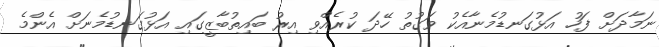
ނަމާދަށް ފަހު އަޅުގަނޑުމެނާއެކު ވަގުތު ހޭދަ ކުރެއްވި އިރު ބައިތުބާޒީގައި އަޅުގަނޑުމެނަށް އެންމެ